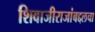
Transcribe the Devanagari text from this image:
शिवाजीराजांबद्दलचा